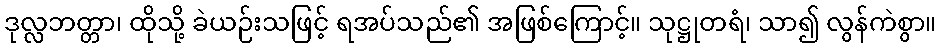
ဒုလ္လဘတ္တာ၊ ထိုသို့ ခဲယဉ်းသဖြင့် ရအပ်သည်၏ အဖြစ်ကြောင့်။ သုဋ္ဌုတရံ၊ သာ၍ လွန်ကဲစွာ။